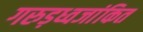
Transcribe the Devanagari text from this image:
गरुड़ध्वजांकित